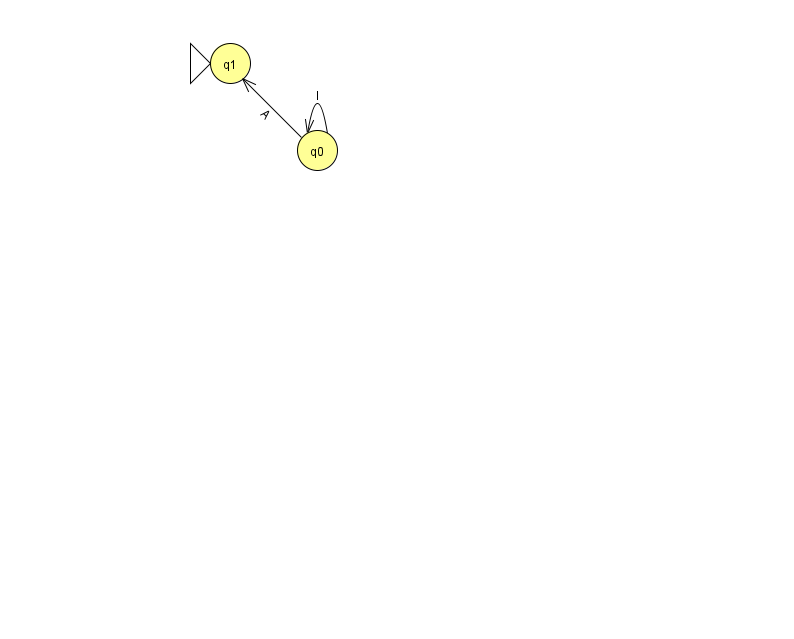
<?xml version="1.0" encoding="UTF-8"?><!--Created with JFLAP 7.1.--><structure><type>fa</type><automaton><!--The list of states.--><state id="0" name="q0"><x>317.0</x><y>137.0</y></state><state id="1" name="q1"><x>230.0</x><y>50.0</y><initial/></state><!--The list of transitions.--><transition><from>0</from><to>1</to><read>A</read></transition><transition><from>0</from><to>0</to><read>l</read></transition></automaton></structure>